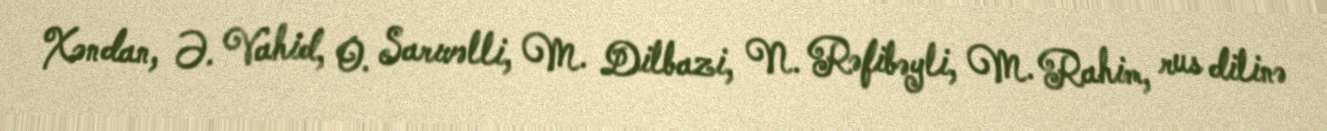
Xəndan, Ə. Vahid, O. Sarıvəlli, M. Dilbazi, N. Rəfibəyli, M. Rahim, rus dilinə